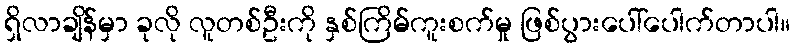
ရှိလာချိန်မှာ ခုလို လူတစ်ဦးကို နှစ်ကြိမ်ကူးစက်မှု ဖြစ်ပွားပေါ်ပေါက်တာပါ။